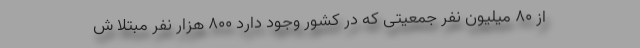
از 80 میلیون نفر جمعیتی که در کشور وجود دارد 800 هزار نفر مبتلا ش